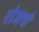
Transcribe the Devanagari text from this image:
रोजचं